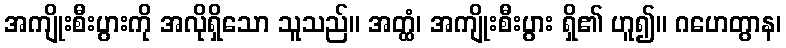
အကျိုးစီးပွားကို အလိုရှိသော သူသည်။ အတ္ထံ၊ အကျိုးစီးပွား ရှိ၏ ဟူ၍။ ဂဟေတွာန၊